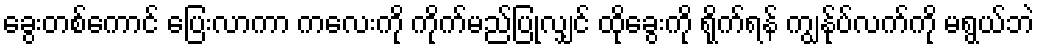
ခွေးတစ်ကောင် ပြေးလာကာ ကလေးကို ကိုက်မည်ပြုလျှင် ထိုခွေးကို ရိုက်ရန် ကျွန်ုပ်လက်ကို မရွယ်ဘဲ